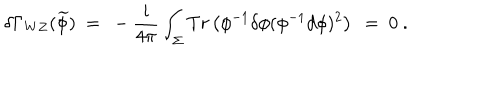
\delta \Gamma _ { W Z } ( \widetilde { \phi } ) \ = \ - \frac { i } { 4 \pi } \int _ { \Sigma } T r \left( \phi ^ { - 1 } \delta \phi ( \phi ^ { - 1 } d \phi ) ^ { 2 } \right) \ = \ 0 \ .